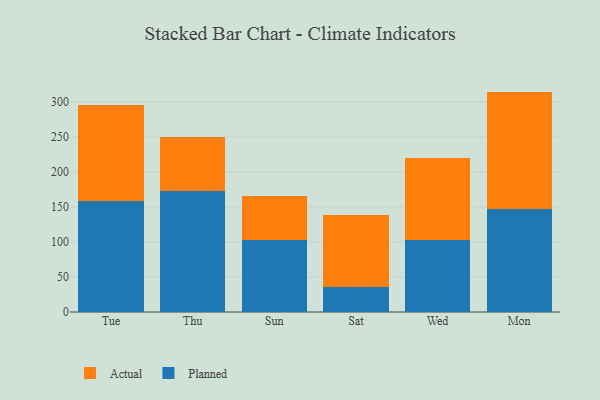
{"axis": {"x": "Day", "y": "Demand Index"}, "legend": ["Actual", "Planned"], "data": [{"x": "Tue", "y": 158.1, "type": "Planned"}, {"x": "Tue", "y": 137.4, "type": "Actual"}, {"x": "Thu", "y": 173.5, "type": "Planned"}, {"x": "Thu", "y": 76.6, "type": "Actual"}, {"x": "Sun", "y": 103.1, "type": "Planned"}, {"x": "Sun", "y": 62.1, "type": "Actual"}, {"x": "Sat", "y": 35.5, "type": "Planned"}, {"x": "Sat", "y": 103.4, "type": "Actual"}, {"x": "Wed", "y": 103.3, "type": "Planned"}, {"x": "Wed", "y": 116.1, "type": "Actual"}, {"x": "Mon", "y": 147.6, "type": "Planned"}, {"x": "Mon", "y": 167.2, "type": "Actual"}]}